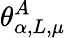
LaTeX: \theta_{\alpha,L,\mu}^{A}